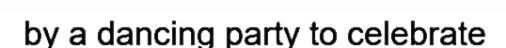
by a dancing party to celebrate